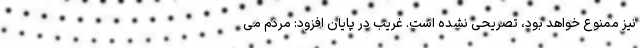
نیز ممنوع خواهد بود، تصریحی نشده است. غریب در پایان افزود: مردم می